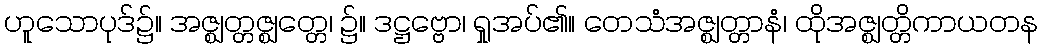
ဟူသောပုဒ်၌။ အဇ္ဈတ္တဇ္ဈတ္တေ၊ ၌။ ဒဋ္ဌဗ္ဗော၊ ရှုအပ်၏။ တေသံအဇ္ဈတ္တာနံ၊ ထိုအဇ္ဈတ္တိကာယတန